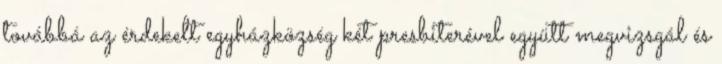
továbbá az érdekelt egyházközség két presbiterével együtt megvizsgál és